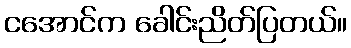
ငအောင်က ခေါင်းညိတ်ပြတယ်။